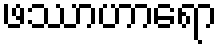
ဖဿာဟာရော